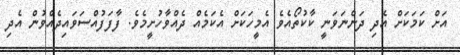
އަށް ކަމަކަށް އެދި ދަންނަވަނީ ކާކުތޯއެވެ އެމީހަކަށް އެކަމެއް ދެއްވާހުށީމެވެ. ފާފަފުއްސަވައިދެއްވުން އެދި